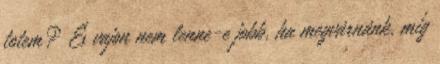
totem? És vajon nem lenne-e jobb, ha megvárnánk, míg